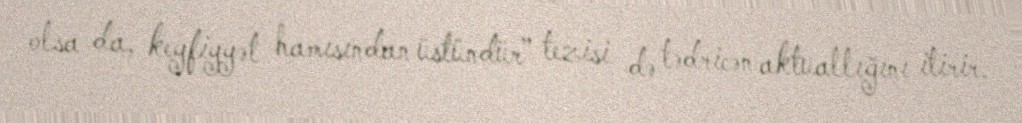
olsa da, keyfiyyət hamısından üstündür” tezisi də tədricən aktuallığını itirir.